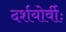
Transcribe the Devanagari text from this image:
दर्शयोर्वीः